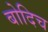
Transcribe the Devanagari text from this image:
बोदिच